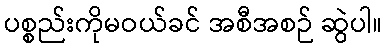
ပစ္စည်းကိုမဝယ်ခင် အစီအစဉ် ဆွဲပါ။